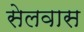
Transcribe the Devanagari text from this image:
सेलवास